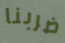
ضربنا